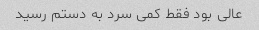
عالی بود فقط کمی سرد به دستم رسید